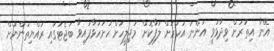
އޭނާ އިތުރަށް ވިދާޅުވީ އަންނަ އަހަރަށް ލަފާކޮށް މަޖިލީހަށް ހުށަހަޅާފައިވާ ބަޖެޓުގައި ރައްޔިތުންނަށް